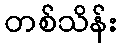
တစ်သိန်း